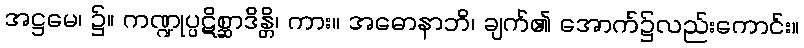
အဋ္ဌမေ၊ ၌။ ကဏ္ဍုပ္ပဋိစ္ဆာဒိန္တိ၊ ကား။ အဓောနာဘိ၊ ချက်၏ အောက်၌လည်းကောင်း။